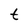
Character: t